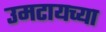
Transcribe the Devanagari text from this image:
उमटायच्या